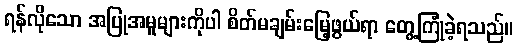
ရန်လိုသော အပြုအမူများကိုပါ စိတ်မချမ်းမြေ့ဖွယ်ရာ တွေ့ကြုံခဲ့ရသည်။